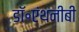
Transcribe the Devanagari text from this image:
डॉ॰एंथनीबी